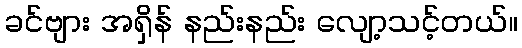
ခင်ဗျား အရှိန် နည်းနည်း လျော့သင့်တယ်။